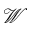
\mathcal W